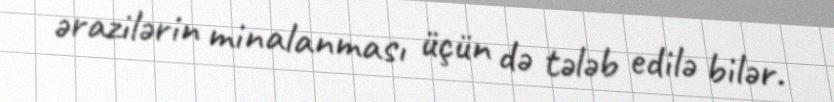
ərazilərin minalanması üçün də tələb edilə bilər.